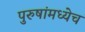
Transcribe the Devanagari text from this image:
पुरुषांमध्येच